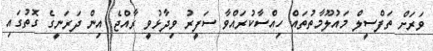
ވަރަށް ތަފްސީލް މައުލޫމާތުތައް ހިއްސާކުރައްވާ ސަފީރު ވިދާޅުވީ ރާއްޖެ އިން ދަރަނީގެ ގޮތުގައި